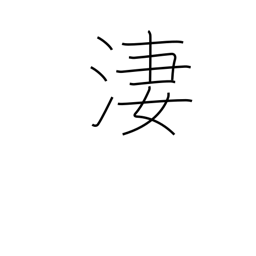
Meaning: bitter cold